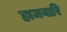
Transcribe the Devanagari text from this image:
हाजवारि